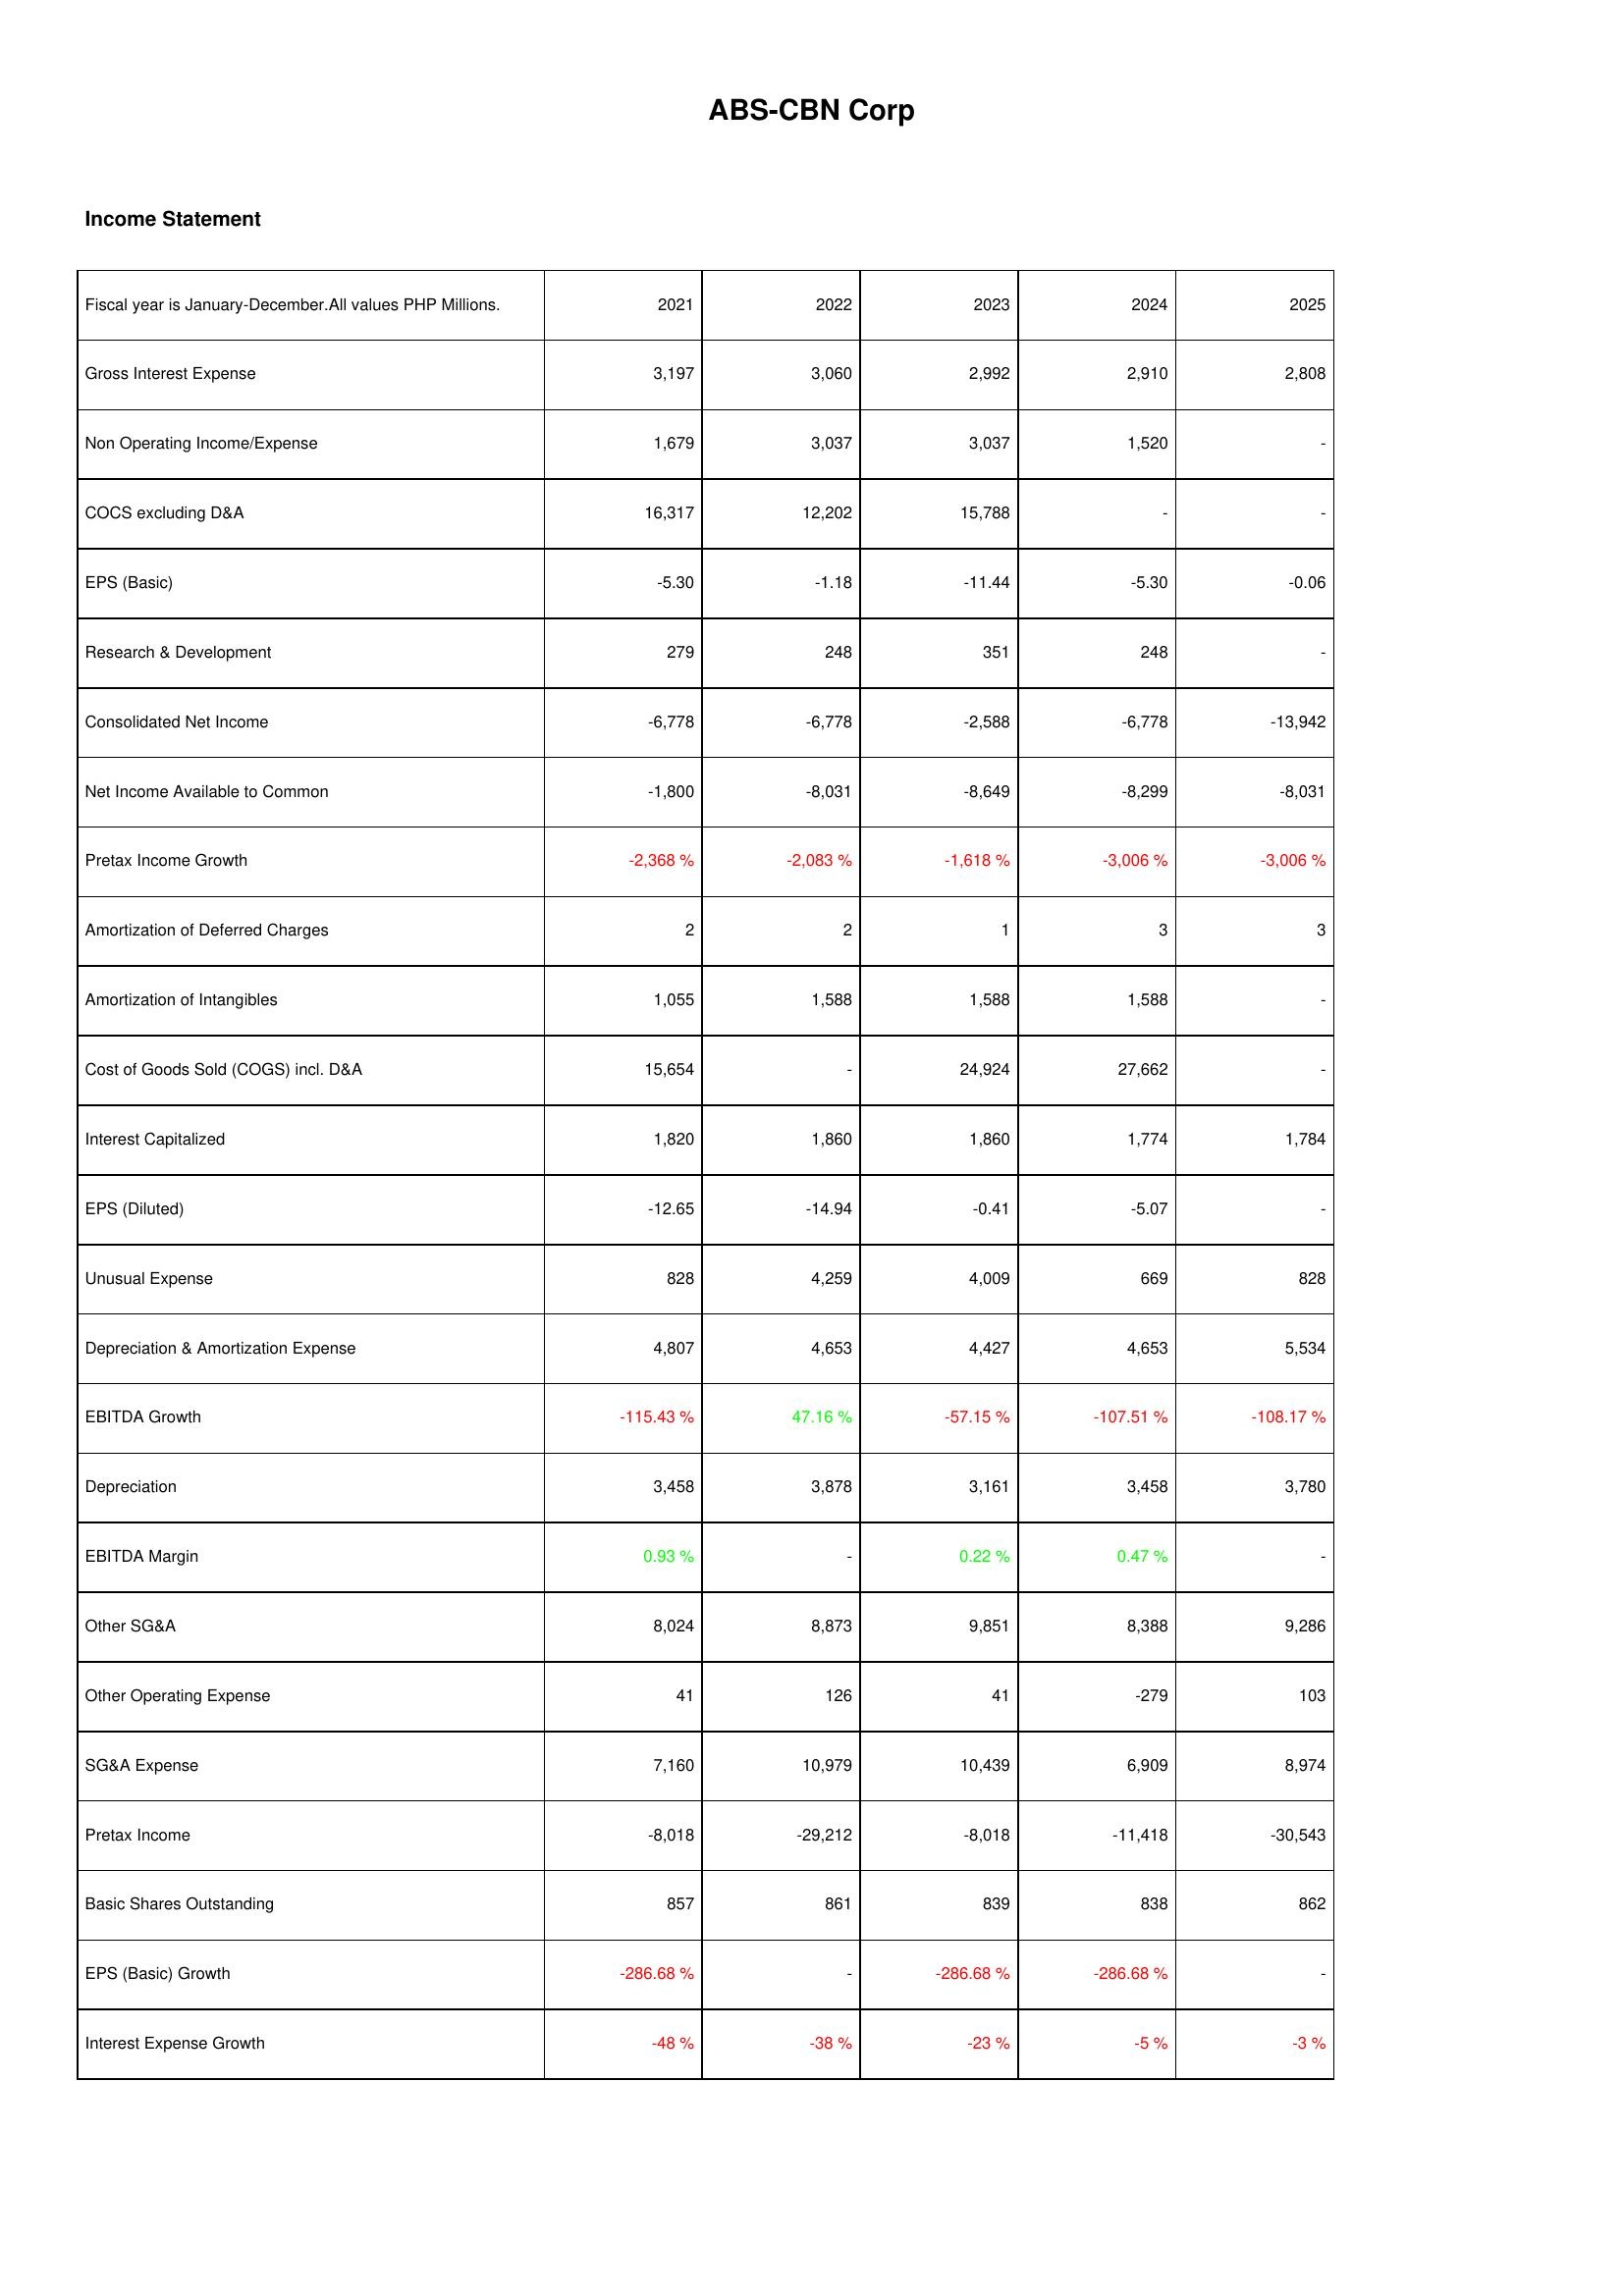
2021: Income Statement: Gross Interest Expense: 3,197
Non Operating Income/Expense: 1,679
COCS excluding D&A: 16,317
EPS (Basic): -5.30
Research & Development: 279
Consolidated Net Income: -6,778
Net Income Available to Common: -1,800
Pretax Income Growth: -2,368 %
Amortization of Deferred Charges: 2
Amortization of Intangibles: 1,055
Cost of Goods Sold (COGS) incl. D&A: 15,654
Interest Capitalized: 1,820
EPS (Diluted): -12.65
Unusual Expense: 828
Depreciation & Amortization Expense: 4,807
EBITDA Growth: -115.43 %
Depreciation: 3,458
EBITDA Margin: 0.93 %
Other SG&A: 8,024
Other Operating Expense: 41
SG&A Expense: 7,160
Pretax Income: -8,018
Basic Shares Outstanding: 857
EPS (Basic) Growth: -286.68 %
Interest Expense Growth: -48 %
2022: Income Statement: Gross Interest Expense: 3,060
Non Operating Income/Expense: 3,037
COCS excluding D&A: 12,202
EPS (Basic): -1.18
Research & Development: 248
Consolidated Net Income: -6,778
Net Income Available to Common: -8,031
Pretax Income Growth: -2,083 %
Amortization of Deferred Charges: 2
Amortization of Intangibles: 1,588
Cost of Goods Sold (COGS) incl. D&A: -
Interest Capitalized: 1,860
EPS (Diluted): -14.94
Unusual Expense: 4,259
Depreciation & Amortization Expense: 4,653
EBITDA Growth: 47.16 %
Depreciation: 3,878
EBITDA Margin: -
Other SG&A: 8,873
Other Operating Expense: 126
SG&A Expense: 10,979
Pretax Income: -29,212
Basic Shares Outstanding: 861
EPS (Basic) Growth: -
Interest Expense Growth: -38 %
2023: Income Statement: Gross Interest Expense: 2,992
Non Operating Income/Expense: 3,037
COCS excluding D&A: 15,788
EPS (Basic): -11.44
Research & Development: 351
Consolidated Net Income: -2,588
Net Income Available to Common: -8,649
Pretax Income Growth: -1,618 %
Amortization of Deferred Charges: 1
Amortization of Intangibles: 1,588
Cost of Goods Sold (COGS) incl. D&A: 24,924
Interest Capitalized: 1,860
EPS (Diluted): -0.41
Unusual Expense: 4,009
Depreciation & Amortization Expense: 4,427
EBITDA Growth: -57.15 %
Depreciation: 3,161
EBITDA Margin: 0.22 %
Other SG&A: 9,851
Other Operating Expense: 41
SG&A Expense: 10,439
Pretax Income: -8,018
Basic Shares Outstanding: 839
EPS (Basic) Growth: -286.68 %
Interest Expense Growth: -23 %
2024: Income Statement: Gross Interest Expense: 2,910
Non Operating Income/Expense: 1,520
COCS excluding D&A: -
EPS (Basic): -5.30
Research & Development: 248
Consolidated Net Income: -6,778
Net Income Available to Common: -8,299
Pretax Income Growth: -3,006 %
Amortization of Deferred Charges: 3
Amortization of Intangibles: 1,588
Cost of Goods Sold (COGS) incl. D&A: 27,662
Interest Capitalized: 1,774
EPS (Diluted): -5.07
Unusual Expense: 669
Depreciation & Amortization Expense: 4,653
EBITDA Growth: -107.51 %
Depreciation: 3,458
EBITDA Margin: 0.47 %
Other SG&A: 8,388
Other Operating Expense: -279
SG&A Expense: 6,909
Pretax Income: -11,418
Basic Shares Outstanding: 838
EPS (Basic) Growth: -286.68 %
Interest Expense Growth: -5 %
2025: Income Statement: Gross Interest Expense: 2,808
Non Operating Income/Expense: -
COCS excluding D&A: -
EPS (Basic): -0.06
Research & Development: -
Consolidated Net Income: -13,942
Net Income Available to Common: -8,031
Pretax Income Growth: -3,006 %
Amortization of Deferred Charges: 3
Amortization of Intangibles: -
Cost of Goods Sold (COGS) incl. D&A: -
Interest Capitalized: 1,784
EPS (Diluted): -
Unusual Expense: 828
Depreciation & Amortization Expense: 5,534
EBITDA Growth: -108.17 %
Depreciation: 3,780
EBITDA Margin: -
Other SG&A: 9,286
Other Operating Expense: 103
SG&A Expense: 8,974
Pretax Income: -30,543
Basic Shares Outstanding: 862
EPS (Basic) Growth: -
Interest Expense Growth: -3 %